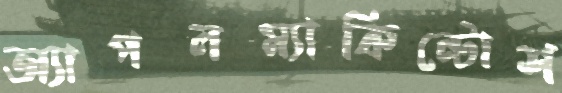
অ্যাপলম্যাকিন্টোশ